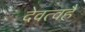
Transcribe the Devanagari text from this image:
देवत्वहै